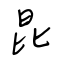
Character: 昆